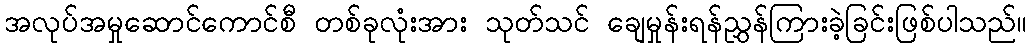
အလုပ်အမှုဆောင်ကောင်စီ တစ်ခုလုံးအား သုတ်သင် ချေမှုန်းရန်ညွှန်ကြားခဲ့ခြင်းဖြစ်ပါသည်။